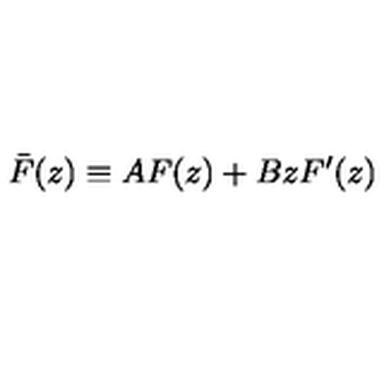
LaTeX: \bar { F } ( z ) \equiv A F ( z ) + B z F ^ { \prime } ( z )